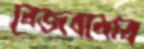
বেজবাবার